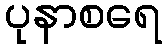
ပုနာစရေ